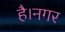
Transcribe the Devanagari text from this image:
है।नगर